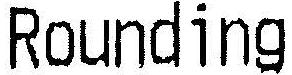
ROUNDING